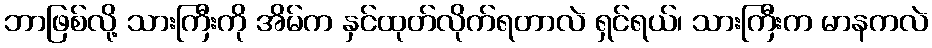
ဘာဖြစ်လို့ သားကြီးကို အိမ်က နှင်ထုတ်လိုက်ရတာလဲ ရှင်ရယ်၊ သားကြီးက မာနကလဲ